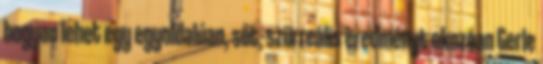
hogyan lehet egy egyoldalúan, sőt, szürreális eredményt okozóan Gerle